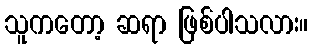
သူကတော့ ဆရာ ဖြစ်ပါသလား။